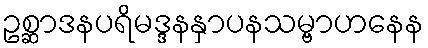
ဥစ္ဆာဒနပရိမဒ္ဒနနှာပနသမ္ဗာဟနေန